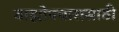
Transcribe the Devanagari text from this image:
बाह्योपचारासाठी